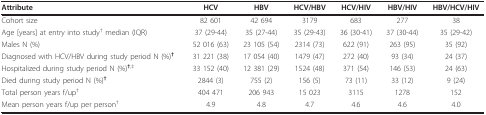
<table><thead><tr><td><b>Attribute</b></td><td><b>HCV</b></td><td><b>HBV</b></td><td><b>HCV/HBV</b></td><td><b>HCV/HIV</b></td><td><b>HBV/HIV</b></td><td><b>HBV/HCV/HIV</b></td></tr></thead><tbody><tr><td>Cohort size</td><td>82 601</td><td>42 694</td><td>3179</td><td>683</td><td>277</td><td>38</td></tr><tr><td>Age [years] at entry into study<sup>† </sup>median (IQR)</td><td>37 (29-44)</td><td>35 (27-44)</td><td>35 (29-43)</td><td>36 (30-41)</td><td>37 (30-44)</td><td>35 (29-42)</td></tr><tr><td>Males N (%)</td><td>52 016 (63)</td><td>23 105 (54)</td><td>2314 (73)</td><td>622 (91)</td><td>263 (95)</td><td>35 (92)</td></tr><tr><td>Diagnosed with HCV/HBV during study period N (%)<b><sup>†</sup></b></td><td>31 221 (38)</td><td>17 054 (40)</td><td>1479 (47)</td><td>272 (40)</td><td>93 (34)</td><td>24 (37)</td></tr><tr><td>Hospitalized during study period N (%)<sup><b>†</b>,‡</sup></td><td>33 152 (40)</td><td>12 381 (29)</td><td>1524 (48)</td><td>371 (54)</td><td>146 (53)</td><td>24 (63)</td></tr><tr><td>Died during study period N (%)<b><sup>†</sup></b></td><td>2844 (3)</td><td>755 (2)</td><td>156 (5)</td><td>73 (11)</td><td>33 (12)</td><td>9 (24)</td></tr><tr><td>Total person years f/up<sup>†</sup></td><td>404 471</td><td>206 943</td><td>15 023</td><td>3115</td><td>1278</td><td>152</td></tr><tr><td>Mean person years f/up per person<sup>†</sup></td><td>4.9</td><td>4.8</td><td>4.7</td><td>4.6</td><td>4.6</td><td>4.0</td></tr></tbody></table>